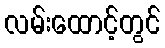
လမ်းထောင့်တွင်